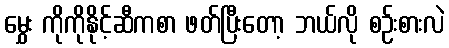
မွှေး ကိုကိုနိုင့်ဆီကစာ ဖတ်ပြီးတော့ ဘယ်လို စဉ်းစားလဲ